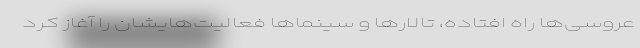
عروسی‌ها راه‌ افتاده، تالارها و سینماها فعالیت‌هایشان را آغاز کرد